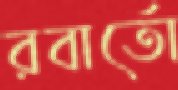
রবার্তো